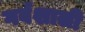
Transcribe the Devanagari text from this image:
गर्वशाली